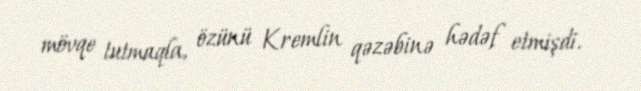
mövqe tutmaqla, özünü Kremlin qəzəbinə hədəf etmişdi.